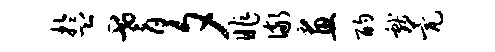
盂耆夕昨儆画酌献甍